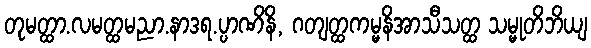
တုမတ္ထာ.လမတ္ထမညာ.နာဒရ.ပ္ပာဏိနိ, ဂတျတ္ထကမ္မနိအာသီသတ္ထ သမ္မုတိဘိယျ